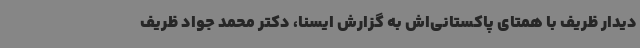
دیدار ظریف با همتای پاکستانی‌اش به گزارش ایسنا، دکتر محمد جواد ظریف